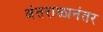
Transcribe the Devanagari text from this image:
अंतराळानंतर